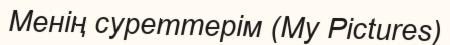
Менің суреттерім (My Pictures)